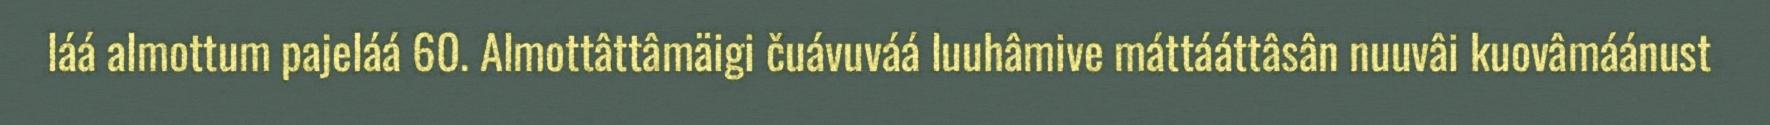
láá almottum pajeláá 60. Almottâttâmäigi čuávuváá luuhâmive máttááttâsân nuuvâi kuovâmáánust